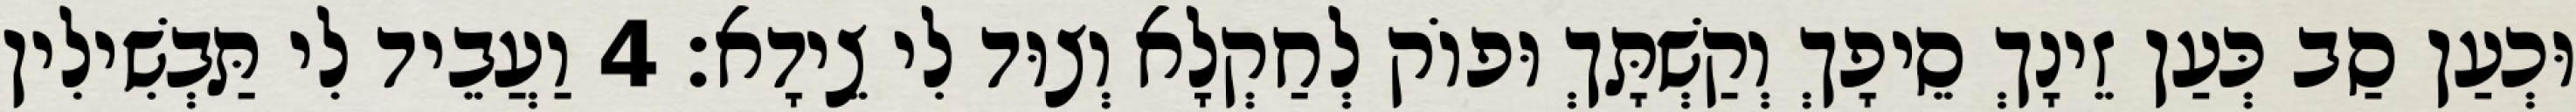
וּכְעַן סַב כְּעַן זֵינָךְ סֵיפָךְ וְקַשְׁתָּךְ וּפוֹק לְחַקְלָא וְצוּד לִי צֵידָא׃ 4 וַעֲבֵיד לִי תַּבְשִׁילִין